Vara_Laulu-_ja_Manguselts, lk 7
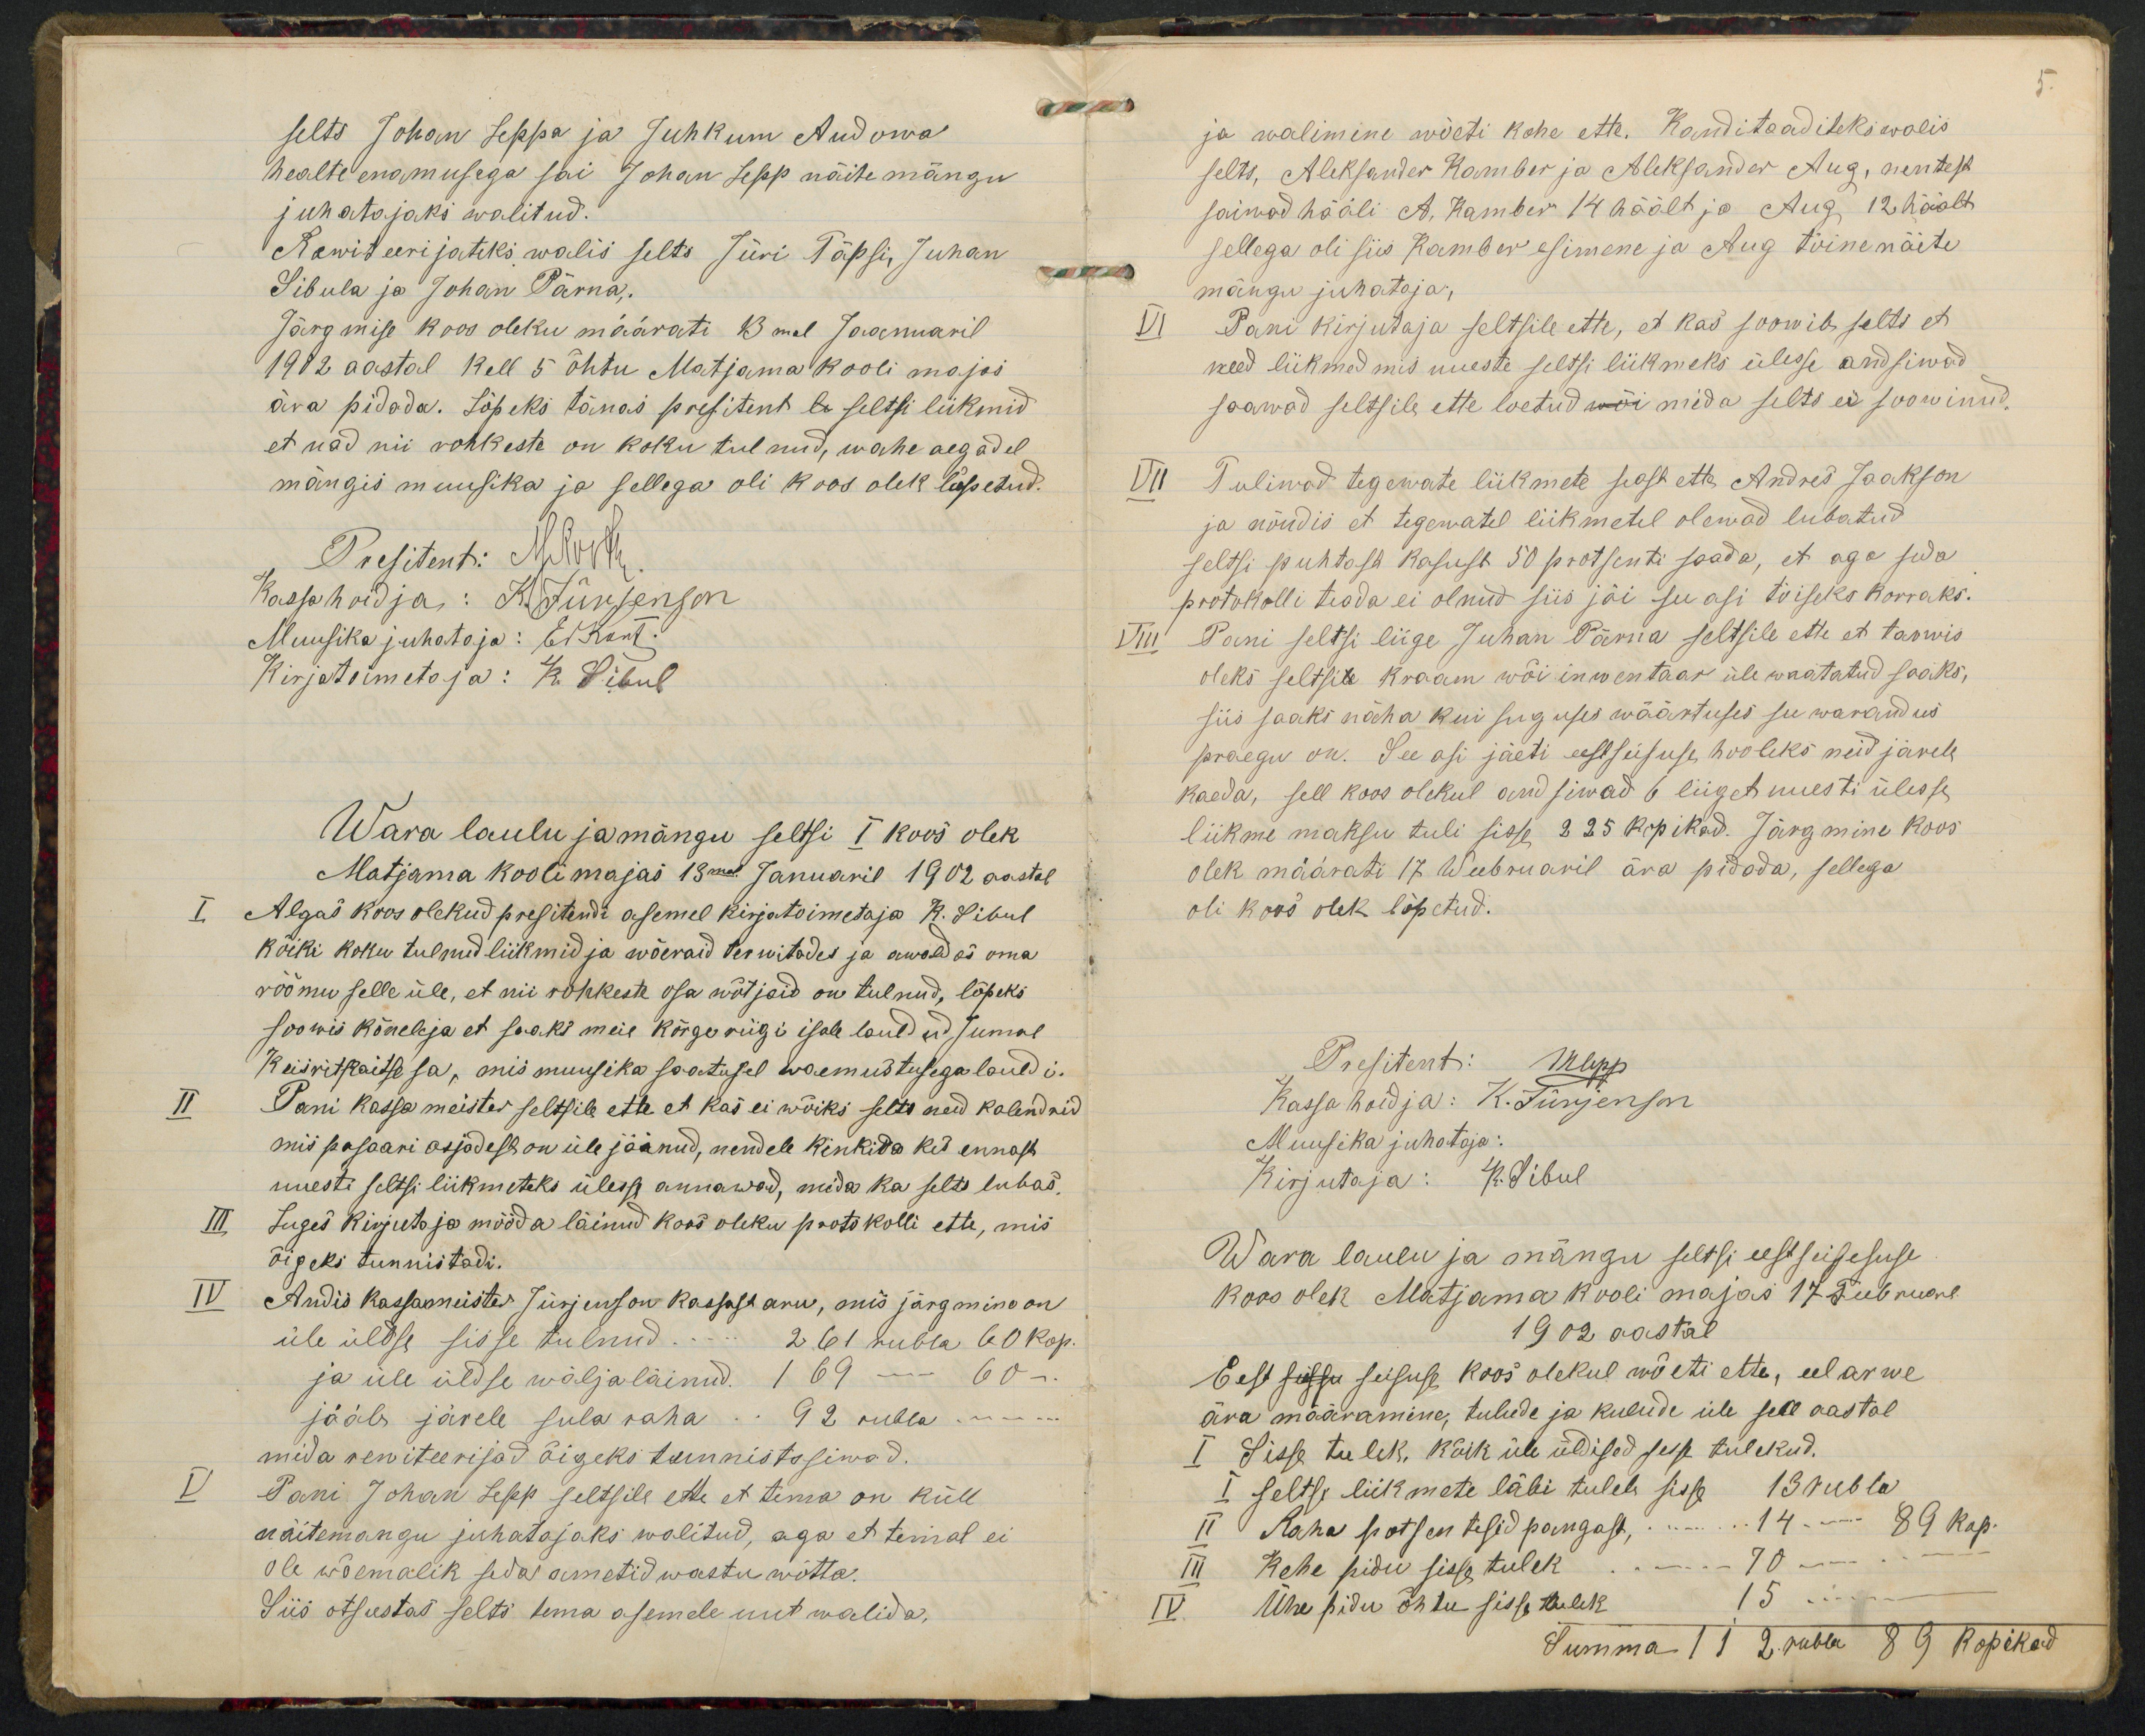
selts Toham teppa ja Tuhkum Audowahealte enamusega sai G ohan sepp näite mängujuhatajaks walitud.Rawiteerijateks walis selts Jüri Täpsi, JuhanPibula ja Johan Pärna.Järgmise koos oleku määrati 13mal Jaanuaril1982 aastal kell 5 õhtu Matjama kooli majosära pidada. Lõpeks tänas poefitent li seltsi lükmidet nad nii vohkeste on koku tul nud, wahe aegadelmängis muusika ja sellega oli Roos olek lõpetud.Wara laulu ja mängu seltsi I koos olekMatjama koolimajas 18mal Januaril 1902 aastalAlgas Koos olekud presitendi asemel kirjatoimetaja R. Pibulkoiki koku tulnud liikmid ja wõevaid terwitades ja awald oö omarõõmu selle üle, et nii rõhkeste osa wõtjaid on tulnud, lõpekssoowis Kõneleja et soaks meie kõrge riigi isale lauld ud jumalRiisritpaitse sa, mis muusika saatusel waemustusega lauldi.Tani kassa meister seltsile ette et Kas ei wõiks selts need kolendridmis pasaari asjadest on üle jäänud, nendele kinkida kid ennastuuesti seltsi liikmeteks üless annawad, mida ka selts lubas,tuges Rirjutoja mööda läinud koos oleku pootokolli ette, misõigeks tunnistadi.Andis Kassamiister Türjens on Rassast aru, mnis järgmino onüle üldse sisse tulnud.ja üle üldse wäljaläinud. 169jääb järele sula raha.. 92 rublamida rewiteerijad õigeks tunnistssiwad.Tani J ohan tepp seltsile ette et tema on küllnäitemangu juhatajaks walitud, aga et temal eiole wõemalik seda ametid wastu wõtta.Siis otsustas selts tema asemele uut walida,

ja walimine wõeti kohe ette. Kanditaadilekswalisselts, Aleksander Ramber ja Aleksander Aug, nentestsaimad hääli A, Ramber 14 häält ja Aug, 12 häältsellega oli siis Kamber esimene ja Aug tõinenäitemangu juhataja,Tani kirjutaja seltsile ette, et kas soowib selts etneed liikmad mis uueste seltsi liikmeks ülesse andsiwadsaawad seltsile ette loetud wõi mida silts ei soowinud.Tuliwad tegewate liikmete seast ette Andres Jaaksonja nõndis et tegewatel liikmetel olewad lubatudseltsi puhtasa kasust 50 protsenti saada, et aga sidapootokolli teada ei olnud siis jäi su asi tõiseks korraks.Pani seltsi liige Juhan Pärna seltsile ette et taowisoleks seltsile kraam wõi inuentaar üle waatatud saaks,siis saaki näha kui suguses wäärtuses see waranduspraegu on. See osi jäeti eestsüsuse hooleks neid järelekaeda, sell koos olekul andsiwad 6 liiget uuesti ülesseliikme maksu tuli sisse 225 kopikad. Järgmine koosolek määrati 17 Weebruaril ära pidoda, sellegaoli koos olek lõpetud.Wara laulu ja mängu seltsi eestsüigesusekoos olek Mätjama kooli majas 17 Feebruone1902 aastabEest sülga seisuse koos olekul wõeti ette, eel arweära määvamine, tulude ja kulude üle sell aastal